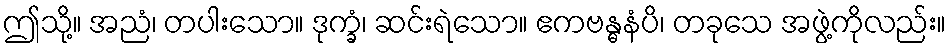
ဤသို့။ အညံ၊ တပါးသော။ ဒုက္ခံ၊ ဆင်းရဲသော။ ဧကဗန္ဓနံပိ၊ တခုသေ အဖွဲ့ကိုလည်း။